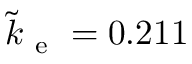
\tilde { k } _ { \mathrm { ~ e ~ } } = 0 . 2 1 1